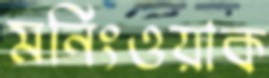
মর্নিংওয়াক